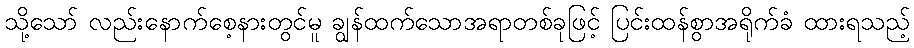
သို့သော် လည်းနောက်စေ့နားတွင်မူ ချွန်ထက်သောအရာတစ်ခုဖြင့် ပြင်းထန်စွာအရိုက်ခံ ထားရသည့်